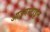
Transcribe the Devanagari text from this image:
आउगस्टाइन